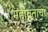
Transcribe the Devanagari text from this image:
महावताचा